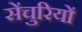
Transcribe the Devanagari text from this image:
सेंचुरियों